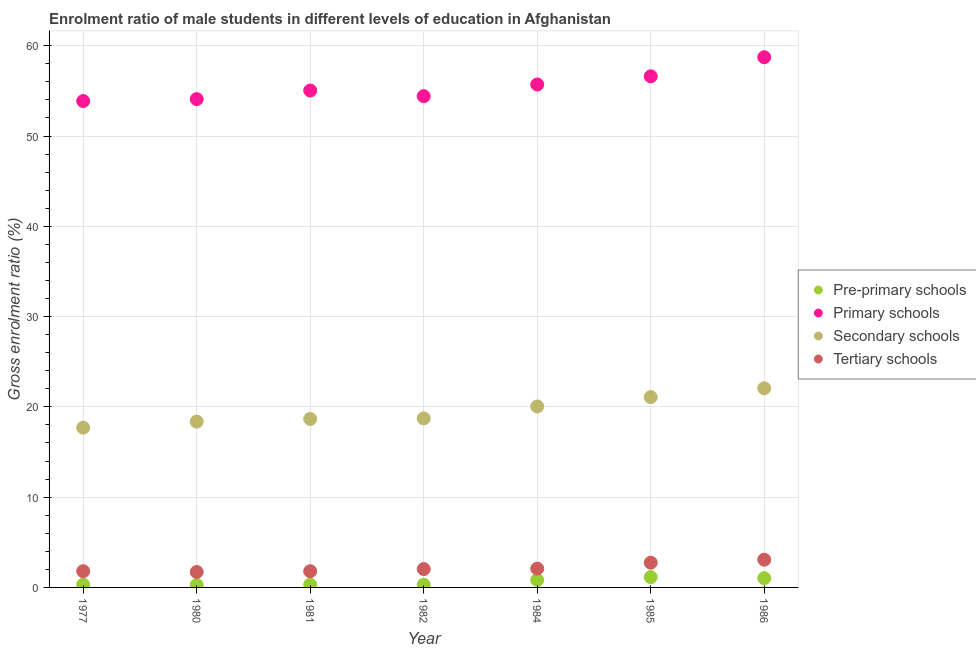
| Year | Pre-primary schools | Primary schools | Secondary schools | Tertiary schools |
 | --- | --- | --- | --- | --- |
 | 1977 | 0.305 | 53.9 | 17.7 | 1.8 |
 | 1980 | 0.271 | 54.1 | 18.4 | 1.71 |
 | 1981 | 0.307 | 55 | 18.7 | 1.8 |
 | 1982 | 0.294 | 54.4 | 18.7 | 2.03 |
 | 1984 | 0.827 | 55.7 | 20 | 2.09 |
 | 1985 | 1.14 | 56.6 | 21.1 | 2.74 |
 | 1986 | 1.03 | 58.7 | 22.1 | 3.08 |